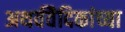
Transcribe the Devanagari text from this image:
अथर्ववैदिकांच्या